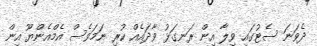
ދެވަނަ ސެޓުގައި ވިލާ އިން ރަނގަޅު ވާދައެއް ކުރި ނަމަވެސް އެމްއެންޔޫ އިން